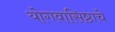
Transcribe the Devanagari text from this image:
योगवासिष्ठाचे